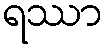
ရဿာ